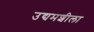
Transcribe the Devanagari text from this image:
उद्यमशीला